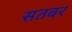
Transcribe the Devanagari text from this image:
सतबर